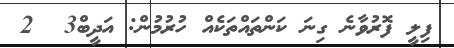
ފިލީ ފޮރުވާނެ ގިނަ ކަންތައްތަކެއް ހުރުމުން: އަދީބް3  2